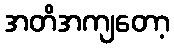
အတိအကျတော့